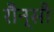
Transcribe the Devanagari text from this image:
रौन्सौ